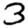
Digit: 3